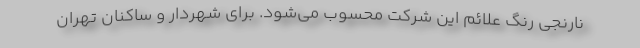
نارنجی رنگ علائم این شرکت محسوب می‌شود. برای شهردار و ساکنان تهران